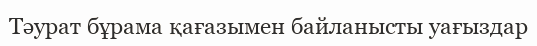
Тәурат бұрама қағазымен байланысты уағыздар